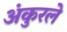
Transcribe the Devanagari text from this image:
अंकुरले